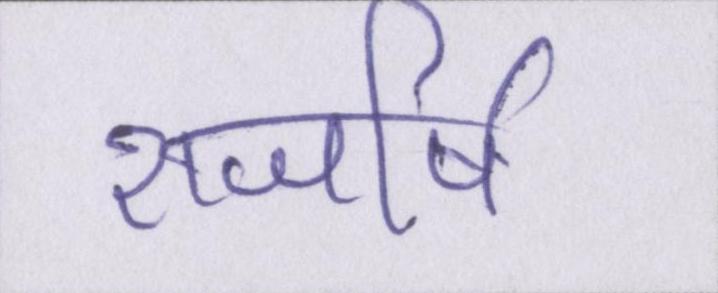
राजर्षि